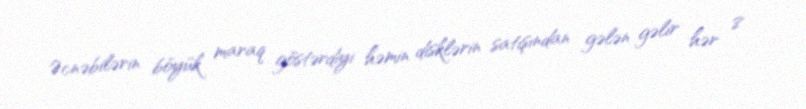
Əcnəbilərin böyük maraq göstərdiyi həmin disklərin satışından gələn gəlir hər 8